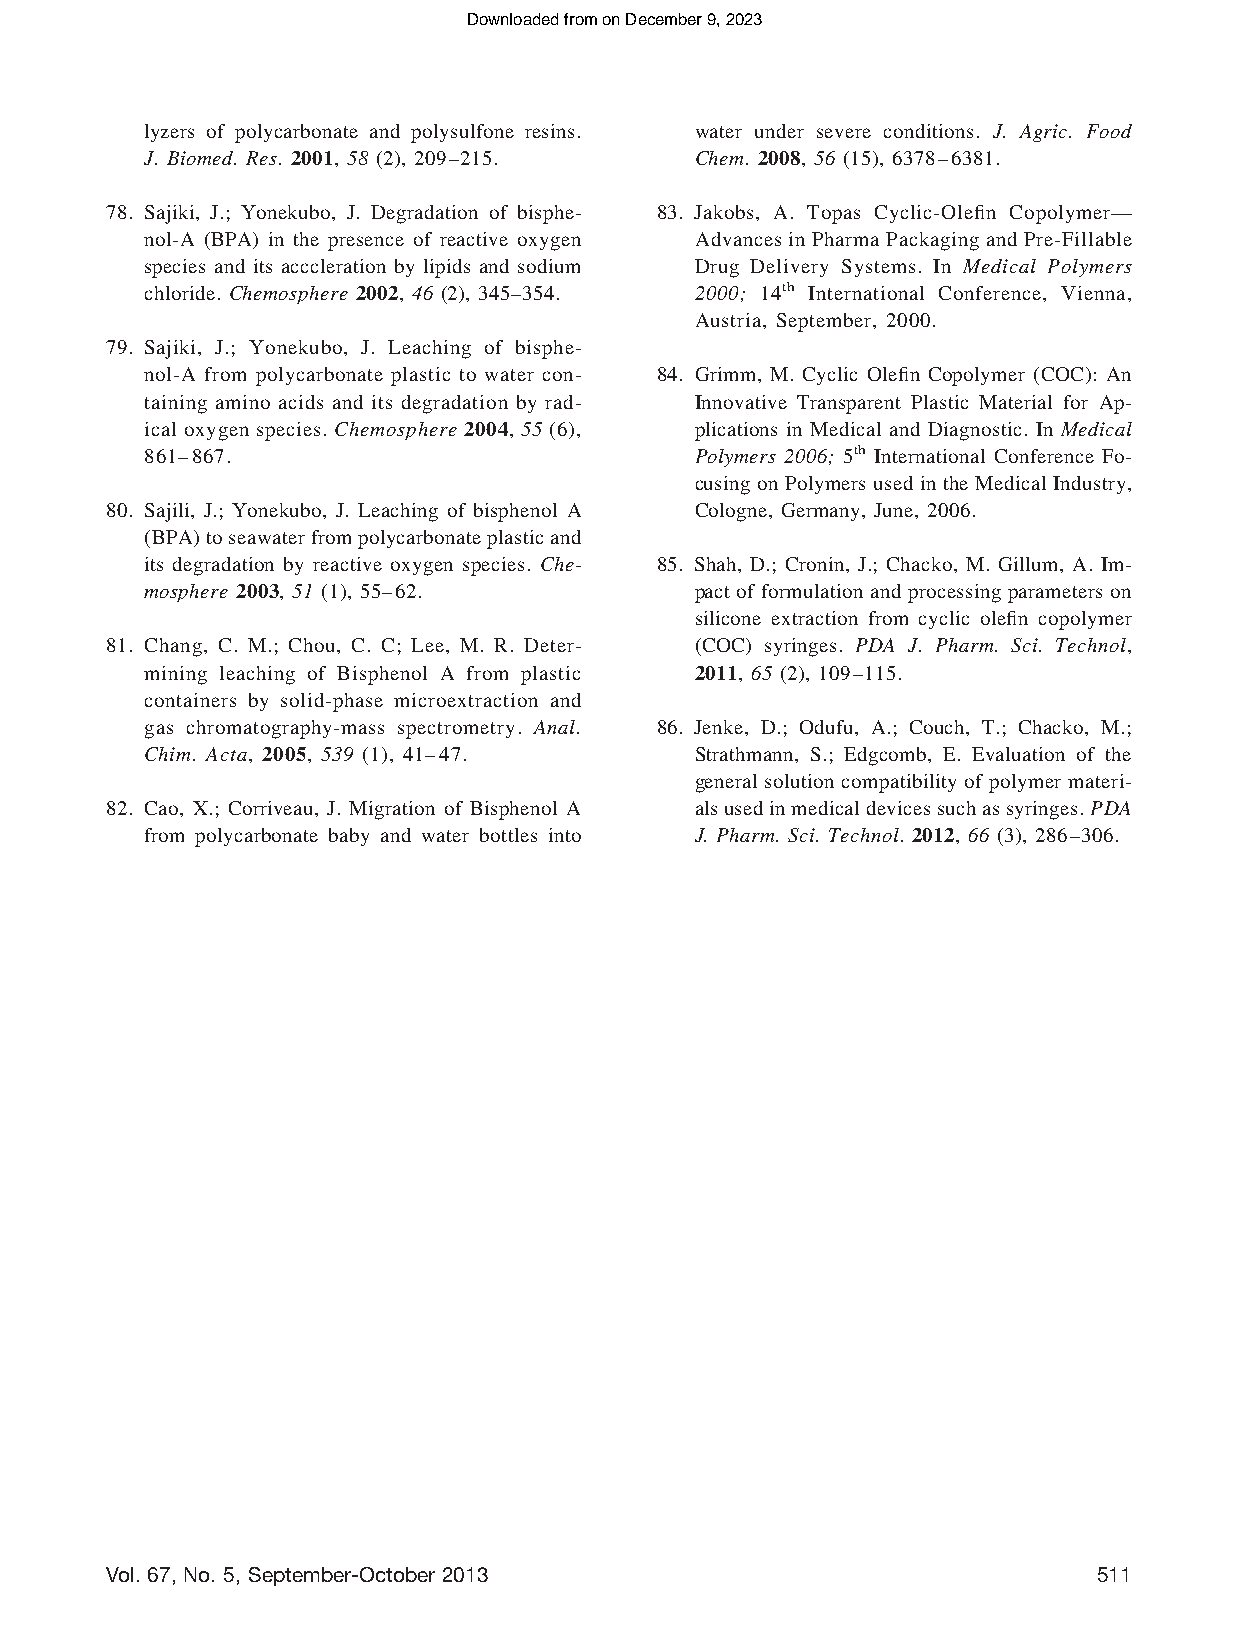
Downloaded from on December 9, 2023
 lyzers of polycarbonate and polysulfone resins. water under severe conditions. J. Agric. Food
 J. Biomed. Res. 2001, 58 (2), 209–215. Chem. 2008, 56 (15), 6378–6381.
 78. Sajiki, J.; Yonekubo, J. Degradation of bisphe- 83. Jakobs, A. Topas Cyclic-Olefin Copolymer—
 nol-A (BPA) in the presence of reactive oxygen Advances in Pharma Packaging and Pre-Fillable
 species and its acccleration by lipids and sodium Drug Delivery Systems. In Medical Polymers
 chloride. Chemosphere 2002, 46 (2), 345–354. 2000; 14th International Conference, Vienna,
 Austria, September, 2000.
 79. Sajiki, J.; Yonekubo, J. Leaching of bisphe-
 nol-A from polycarbonate plastic to water con- 84. Grimm, M. Cyclic Olefin Copolymer (COC): An
 taining amino acids and its degradation by rad- Innovative Transparent Plastic Material for Ap-
 ical oxygen species. Chemosphere 2004, 55 (6), plications in Medical and Diagnostic. In Medical
 861–867.                             Polymers 2006; 5th International Conference Fo-
 cusing on Polymers used in the Medical Industry,
 80. Sajili, J.; Yonekubo, J. Leaching of bisphenol A Cologne, Germany, June, 2006.
 (BPA)toseawaterfrompolycarbonateplasticand
 its degradation by reactive oxygen species. Che- 85. Shah, D.; Cronin, J.; Chacko, M. Gillum, A. Im-
 mosphere 2003, 51 (1), 55–62.        pact of formulation and processing parameters on
 silicone extraction from cyclic olefin copolymer
 81. Chang, C. M.; Chou, C. C; Lee, M. R. Deter- (COC) syringes. PDA J. Pharm. Sci. Technol,
 mining leaching of Bisphenol A from plastic 2011, 65 (2), 109–115.
 containers by solid-phase microextraction and
 gas chromatography-mass spectrometry. Anal. 86. Jenke, D.; Odufu, A.; Couch, T.; Chacko, M.;
 Chim. Acta, 2005, 539 (1), 41–47.    Strathmann, S.; Edgcomb, E. Evaluation of the
 general solution compatibility of polymer materi-
 82. Cao, X.; Corriveau, J. Migration of Bisphenol A alsusedinmedicaldevicessuchassyringes.PDA
 from polycarbonate baby and water bottles into J. Pharm. Sci. Technol. 2012, 66 (3), 286–306.
 Vol. 67, No. 5, September-October 2013                           511